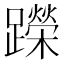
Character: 𬧘